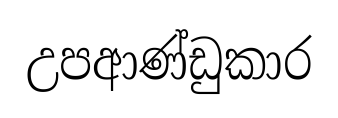
උපආණ්ඩුකාර